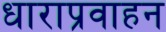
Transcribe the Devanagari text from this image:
धाराप्रवाहन